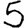
Digit: 5